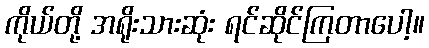
ကိုယ်တို့ အရိုးသားဆုံး ရင်ဆိုင်ကြတာပေါ့။